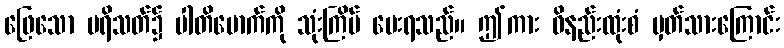
ဖြေသော ပရိသတ်၌ ပါတိမောက်ကို သုံးကြိမ် မေးရသည်။ ဤကား ဝိနည်းထုံးစံ မှတ်သားကြောင်း